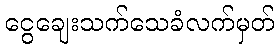
ငွေချေးသက်သေခံလက်မှတ်